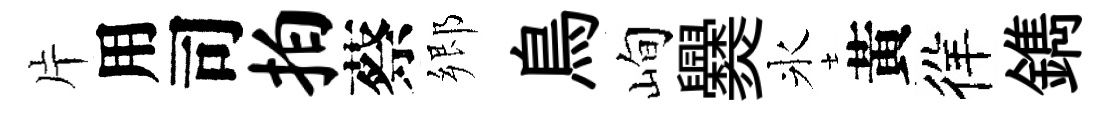
片用司拍蔡郷鳥峋爨氷黃徉鐫